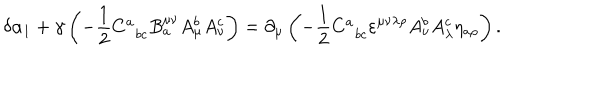
LaTeX: \delta \alpha _ { 1 } + \gamma \left( - \frac 1 2 C _ { \; \; b c } ^ { a } B _ { a } ^ { \mu \nu } A _ { \mu } ^ { b } A _ { \nu } ^ { c } \right) = \partial _ { \mu } \left( - \frac 1 2 C _ { \; \; b c } ^ { a } \varepsilon ^ { \mu \nu \lambda \rho } A _ { \nu } ^ { b } A _ { \lambda } ^ { c } \eta _ { a \rho } \right) .